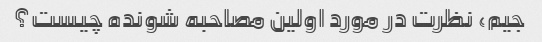
جیم، نظرت در مورد اولین مصاحبه شونده چیست؟